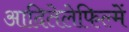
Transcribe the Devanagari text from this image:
आदितेलेफिल्में